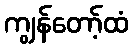
ကျွန်တော့်ထံ